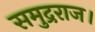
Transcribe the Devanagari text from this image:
समुद्रराज।